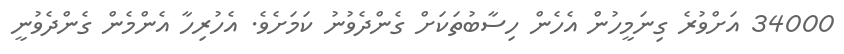
34000 އަށްވުރެ ގިނަމީހުން އެހެން ހިސާބުތަކަށް ގެންދެވުނު ކަމަށެވެ. އެހުރިހާ އެންމެން ގެންދެވުނީ